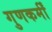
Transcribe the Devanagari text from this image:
गुणकर्मीं